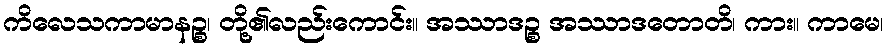
ကိလေသကာမာနဉ္စ၊ တို့၏လည်းကောင်း။ အဿာဒဉ္စ အဿာဒတောတိ၊ ကား။ ကာမေ၊